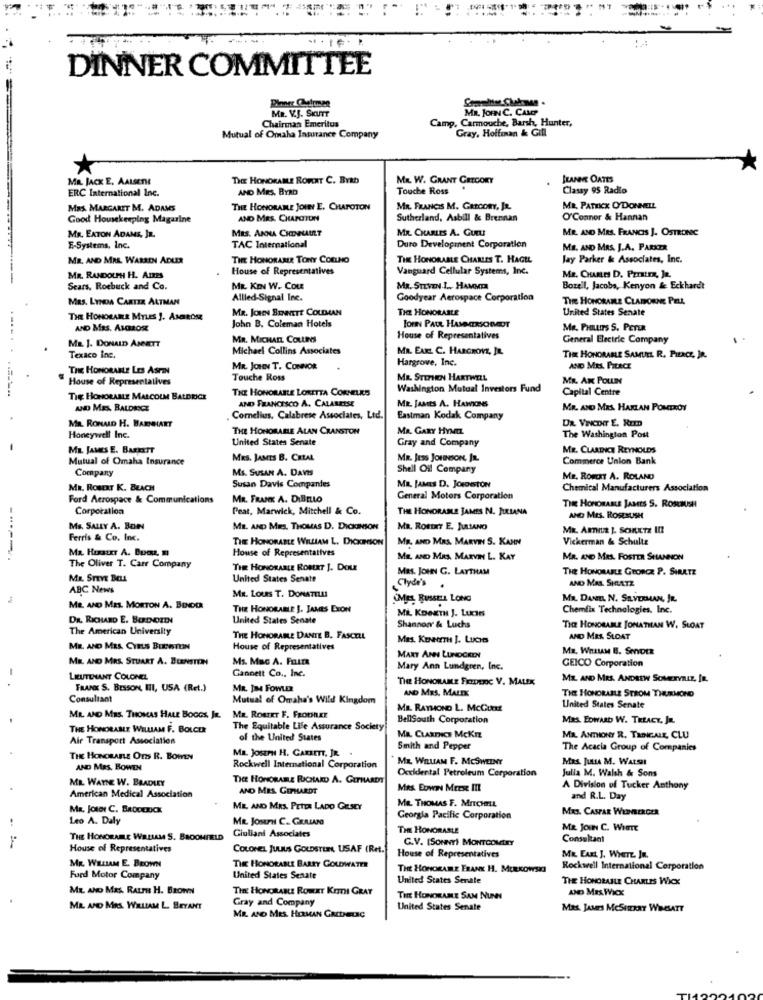
. . . .
DINNER COMMITTEE
Planer Chelmen
MR. JOHN C. CAMP
Chairman Emeritus
MR. V.S. SKUTT
Camp, Carmouche, Barsh, Hunter,
Gray, Hoffinan & Gill
Mutual of Omaha Insurance Company
MR. JACK E, AALSETHE
THE HONORAME ROVAT C. BYRD
MR. W. GRANT GETCORY
JEANNE OATES
AND MRS. BYRD
Touche Ross
Classy 95 Radio
ERC International Inc.
MRS. MARGARET M. ADAMS
THE HONORABLE JOUE E. CHAPOTON
MR. FRANCIS M. GREGORY, JR.
MR. PATEKK O'DONNELL
Good Housekeeping Magarine
AND MRS. CHAPOTON
Sutherland, Asbill & Brennan
O'Connor & Hannan
MES. ANNA CHENAULT
MR. CHARLES A. GURLI
MR. AND MRS. FRANCIS J. OSTRONIC
MR. EATON ADAMS, JR.
E-Systems, Inc.
TAC International
Duro Development Corporation
MR. AND MRS. J.A. PARKER
MR. AND MRS. WARREN ADLER
THE HONORABLE TONY COELHO
TIM HONORABLE CHARLES T. HAGEL
Jay Parker & Associates, Inc.
House of Representatives
Vanguard Cellular Systems, Inc.
MR. RANDOLPH H. Ames
MR. CHARLES D. Paratrz, JR.
Scars, Roebuck and Co.
ME KIN W. Cou
MR. STEVEN.I ., HAMMER
Bozell, Jacobs, Kenyon & Eckhardt
MRS. LYNDA CARTER ALTMAN
Allled-Signal Inc.
Goodyear Aerospace Corporation
The HONORARE CLAMORNE PELL
MR. JOHN SINNETT COLEMAN
THE HONORABLE
United States Senate
THE HONORARE MYLES J. AMBROSE
AND MRS. AMBROSE
John B. Coleman Hotels
JOHN PAUL HAMARIONET
MR. PHILLIPS S. PETER
MR. MICHAEL COLLINS
House of Representatives
General Electric Company
MR J. DONALD ANNETT
Michael Collins Associates
MR. EARL C. HARGROVE, JE.
Texaco Inc.
Hargrove, Inc.
THE HONORABLE SAMUEL R. PILACZ, JR.
THE HONORABLE LES ASPIN
MR. JOHN T. CONNOR
AND MRS. PIERCE
House of Representatives
Touche Ross
MR. STEPHEN HARTWELL
MR. AM POLLIN
THE HONORABLE LORETTA CORNELES
Washington Mutual Investors Fund
Capital Centre
Tig HONORABLE MALCOLM BALDRICE
MR. JAMES A. HAWKINS
AND MES, BALDRICK
AND FRANCISCO A. CALAREESE
MR. AND MRS. HARLAN POMTROY
Cornelius, Calabrese Associates, Ltd.
Eastman Kodak Company
DR. VINCDIT E. RIm
MR. RONALD H. BARNHART
THE HONORABLE ALAN CRANSTON
MR. GARY HYMEL
Honeywell Inc.
United States Senate
The Washington Post
MR. JAMES E. BARRETT
Gray and Company
MR. CLARDIKCE REYNOLDS
Mutual of Omaha Insurance
MRS. JAMES B. CREAL
MR. Jess JOHNSON, In.
Commerce Union Bank
Company
Ms. SUSAN A. DAVIS
Shell Oil Company
MR. ROFONT A. ROLAND
MR. ROBERT K. BEACH
Susan Davis Compandes
Ma. JAMES D. JONOISTON
Chemical Manufacturers Association
Ford Aerospace & Communications
MR. FRANK A. DiBELLO
General Motors Corporation
Corporation
Peat, Marwick, Mitchell & Co.
THE HONORABLE JAMES N. JULIANA
THR HONORABLE JAMES S. ROSBUSH
AND Mrs. ROSEBUSH
Ms. SALLY A. BON
ME AND MES, THOMAS D. DICKINSON
MR. ROREKT E. JULIANO
Ferris & Co. Inc.
THE HONORABLE WILLIAM L. DICKECION
MR. AND MRS. MARVIN S. KANN
Vickerman & Schulte
Ma. Huxauxr A. Bucz, m
House of Representatives
------
MR. AND MRS. MARVIN L. KAY
MR. AND MRS. FOSTER SHANNON
The Oliver T. Carr Company
THE HONORABLE ROBERT J. DOU
Mas. JOHN G. LAYTHAM
THE HONORABLE GEORCZ P. SIRATZ
ME. STEVE BELL
United States Senate
ABC News
Clyde's
AND MAL. SIRATZ
MR. LoUNS T. DONATILL
SMEL RUSSELL LONG
MR. DANIEL N. SILVERMAN, JR
ME AND MES. MORTON A. BONOD
THE HONORABLE J. JAMES EXON
Mi. KDOKTH J. Luces
Chemfix Technologies, Inc.
DR. RICHARD E. BUENOZIN
United States Senate
The American University
Shannon & Luchs
THE HONORABLE JONATHAN W. SLOAT
THE HONORAME DANTE B. FASCELL
Mas. KererTH J. Luces
AND MRS. SLOAT
MR. AND MRS. CYELS BIENSTEIN
House of Representatives
MR. WHELAN B. SOYDER
MR. AND MRS. STUART A. BUENSTON
Ms. Mac A. Fura
MARY ANN LUNDGREN
GEICO Corporation
Gannett Co ., Inc.
Mary Ann Lundgren, Inc.
LIEUTENANT COLONEL
The HONORAME FREDEDE V. MALEK
ME AND MRS. ANDREW SOMEruiz, IR.
FRANK S. BESSON, III, USA (Ret.)
MR. JIM FOWLER
AND MRS. MALIK
Consultant
Mutual of Omaha's Wild Kingdom
THE HONORABLE STROM THURMOND
MR. RORIKT F. FROONET
MR. RAYMOND L. MCCURRY
United States Senate
MR. AND MRS. THOMAS HALE BOGGS, IL.
BellSouth Corporation
MRS. EDWARD W. TREACY, Jn.
THE HONORABLE WILLIAM F. BOLCERE
The Equitable Life Assurance Society
Air Transport Association
of the United States
MR. CLARENCE MCKEE
MR. ANTHONY R. TRINCALE, CLU
MR. JOSEPH H. GARRETT, JR. .
Smith and Pepper
The Acacia Group of Companies
THE HONORABLE OnS R. BOWEN
* ME. WILLIAM F. MCSWEINY
MRS. JULIA M. WALSH!
AND MRS. BOWEN
Rockwell International Corporation
Occidental Petroleum Corporation
MR. WAYNE W. BRADLEY
TICE HONORARE RICHARD A. GETHARDT
Julia M. Walsh & Sons
AND MRS. GIPHARDT
Mes. EDWIN MEES III
A Division of Tucker Anthony
American Medical Association
MR. THOMAS F. MITCHELL
and R.L. Day
Ma, Jotot C. BRODERICK
ME. AND MRS. PEITA LADO GELSEY
MRS. CASPAR WEINBERGER
Leo A. Daly
MR. JOHN C. GULLANG
Georgia Pacific Corporation
THE HONORABLE
MR JOUN C. WhenTE
THE HONORABLE WILLIAM S. BROOMFELD
Giuliani Associates
Consultant
House of Representatives
COLONEL JULIUS GOLDSTEIN, USAF (Ret.
G.V. [Soneri MONTCOMLEY
House of Representatives
MR EARL J. WIETE In.
MR. WILLIAM E. BROWN
TIK HONORABLE BARRY GOLDWATER
THE HONORARE FRANK H. MURKOWSKI
Rockwell International Corporation
Ford Motor Company
United States Senate
United States Serale
THE HONORABLE CHARLES WICK
MR. AND MRS. RALPHS H. BROWN
THE HONORABLE ROWKT KITTI GRAY
AND MES WICK
Gray and Company
Tint HONORAME SAM NUNN
MR AND MRS. WILLIAM L. BRYANT
United States Senate
Mas. Jours MCSHERRY WIESATT
MR. AND MRS. HERMAN GACDHERLIG